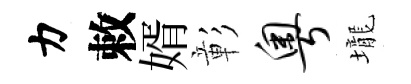
力敕婿彰粤壠